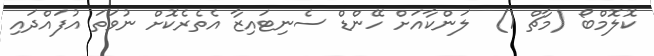
ކޮލޮމްބޯ (މާޗް 1)  ލަންކާއަށް ހޭންޑް ސެނިޓައިޒާ އެތެރެކޮށް ނުވަތަ އުފައްދައި